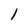
Character: l